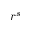
r ^ { s }